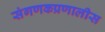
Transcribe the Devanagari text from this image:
संगणकप्रणालीस